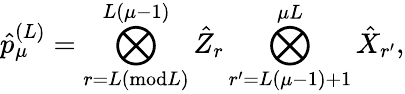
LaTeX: \hat{p}_{\mu}^{(L)}=\bigotimes_{r=L(\textrm{mod}L)}^{L(\mu-1)}\hat{Z}_{r}\bigotimes_{r^{\prime}=L(\mu-1)+1}^{\mu L}\hat{X}_{r^{\prime}},